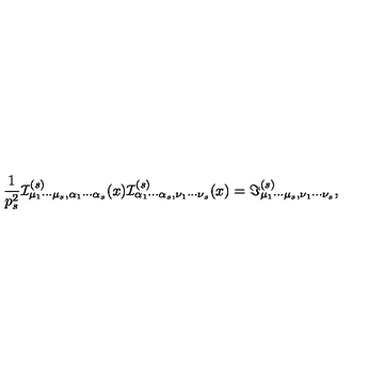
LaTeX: \frac { 1 } { p _ { s } ^ { 2 } } { \cal I } _ { \mu _ { 1 } \cdots \mu _ { s } , \alpha _ { 1 } \cdots \alpha _ { s } } ^ { ( s ) } ( x ) { \cal I } _ { \alpha _ { 1 } \cdots \alpha _ { s } , \nu _ { 1 } \cdots \nu _ { s } } ^ { ( s ) } ( x ) = \Im _ { \mu _ { 1 } \cdots \mu _ { s } , \nu _ { 1 } \cdots \nu _ { s } } ^ { ( s ) } ,